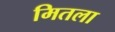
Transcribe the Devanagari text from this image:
मितला